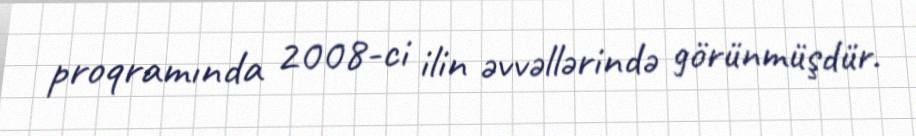
proqramında 2008-ci ilin əvvəllərində görünmüşdür.